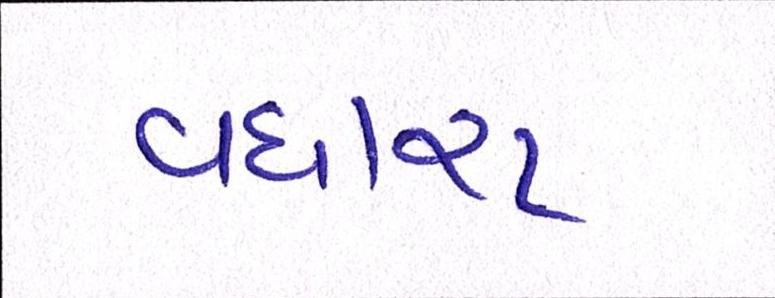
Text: વધારા